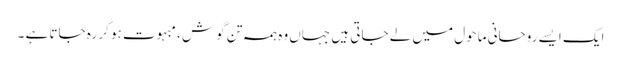
ایک ایسے روحانی ماحول میں لے جاتی ہیں جہاں وہ ہمہ تن گوش ، مبہوت ہو کر رہ جاتا ہے ۔